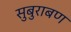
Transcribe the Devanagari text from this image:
सुबुराबण